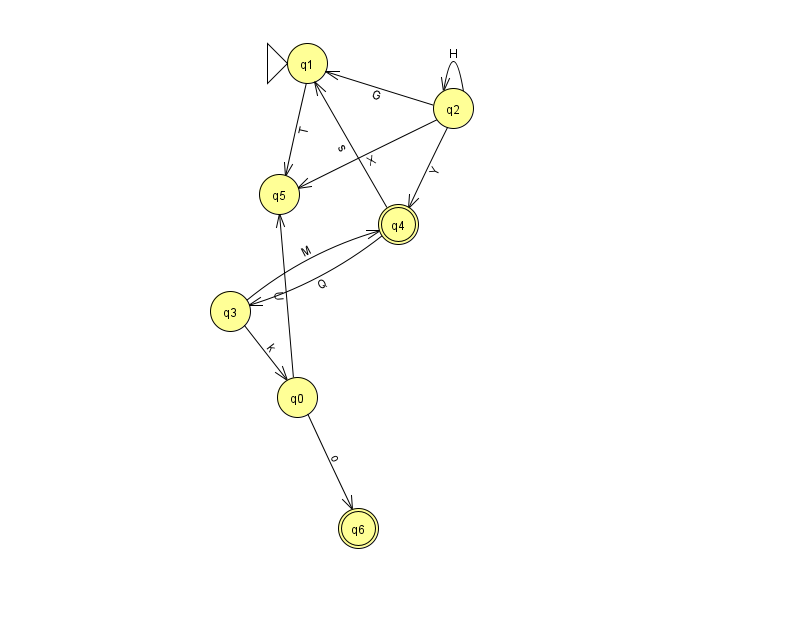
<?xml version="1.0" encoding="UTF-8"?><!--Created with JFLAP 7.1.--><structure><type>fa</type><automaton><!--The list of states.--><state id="0" name="q0"><x>297.0</x><y>384.0</y></state><state id="1" name="q1"><x>307.0</x><y>50.0</y><initial/></state><state id="2" name="q2"><x>453.0</x><y>95.0</y></state><state id="3" name="q3"><x>230.0</x><y>298.0</y></state><state id="4" name="q4"><x>398.0</x><y>211.0</y><final/></state><state id="5" name="q5"><x>279.0</x><y>181.0</y></state><state id="6" name="q6"><x>358.0</x><y>515.0</y><final/></state><!--The list of transitions.--><transition><from>2</from><to>5</to><read>X</read></transition><transition><from>2</from><to>1</to><read>G</read></transition><transition><from>0</from><to>6</to><read>o</read></transition><transition><from>3</from><to>0</to><read>k</read></transition><transition><from>4</from><to>1</to><read>s</read></transition><transition><from>4</from><to>3</to><read>Q</read></transition><transition><from>0</from><to>5</to><read>U</read></transition><transition><from>2</from><to>2</to><read>H</read></transition><transition><from>2</from><to>4</to><read>Y</read></transition><transition><from>3</from><to>4</to><read>M</read></transition><transition><from>1</from><to>5</to><read>T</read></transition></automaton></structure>